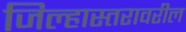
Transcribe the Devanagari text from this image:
जिल्हास्तरावरील